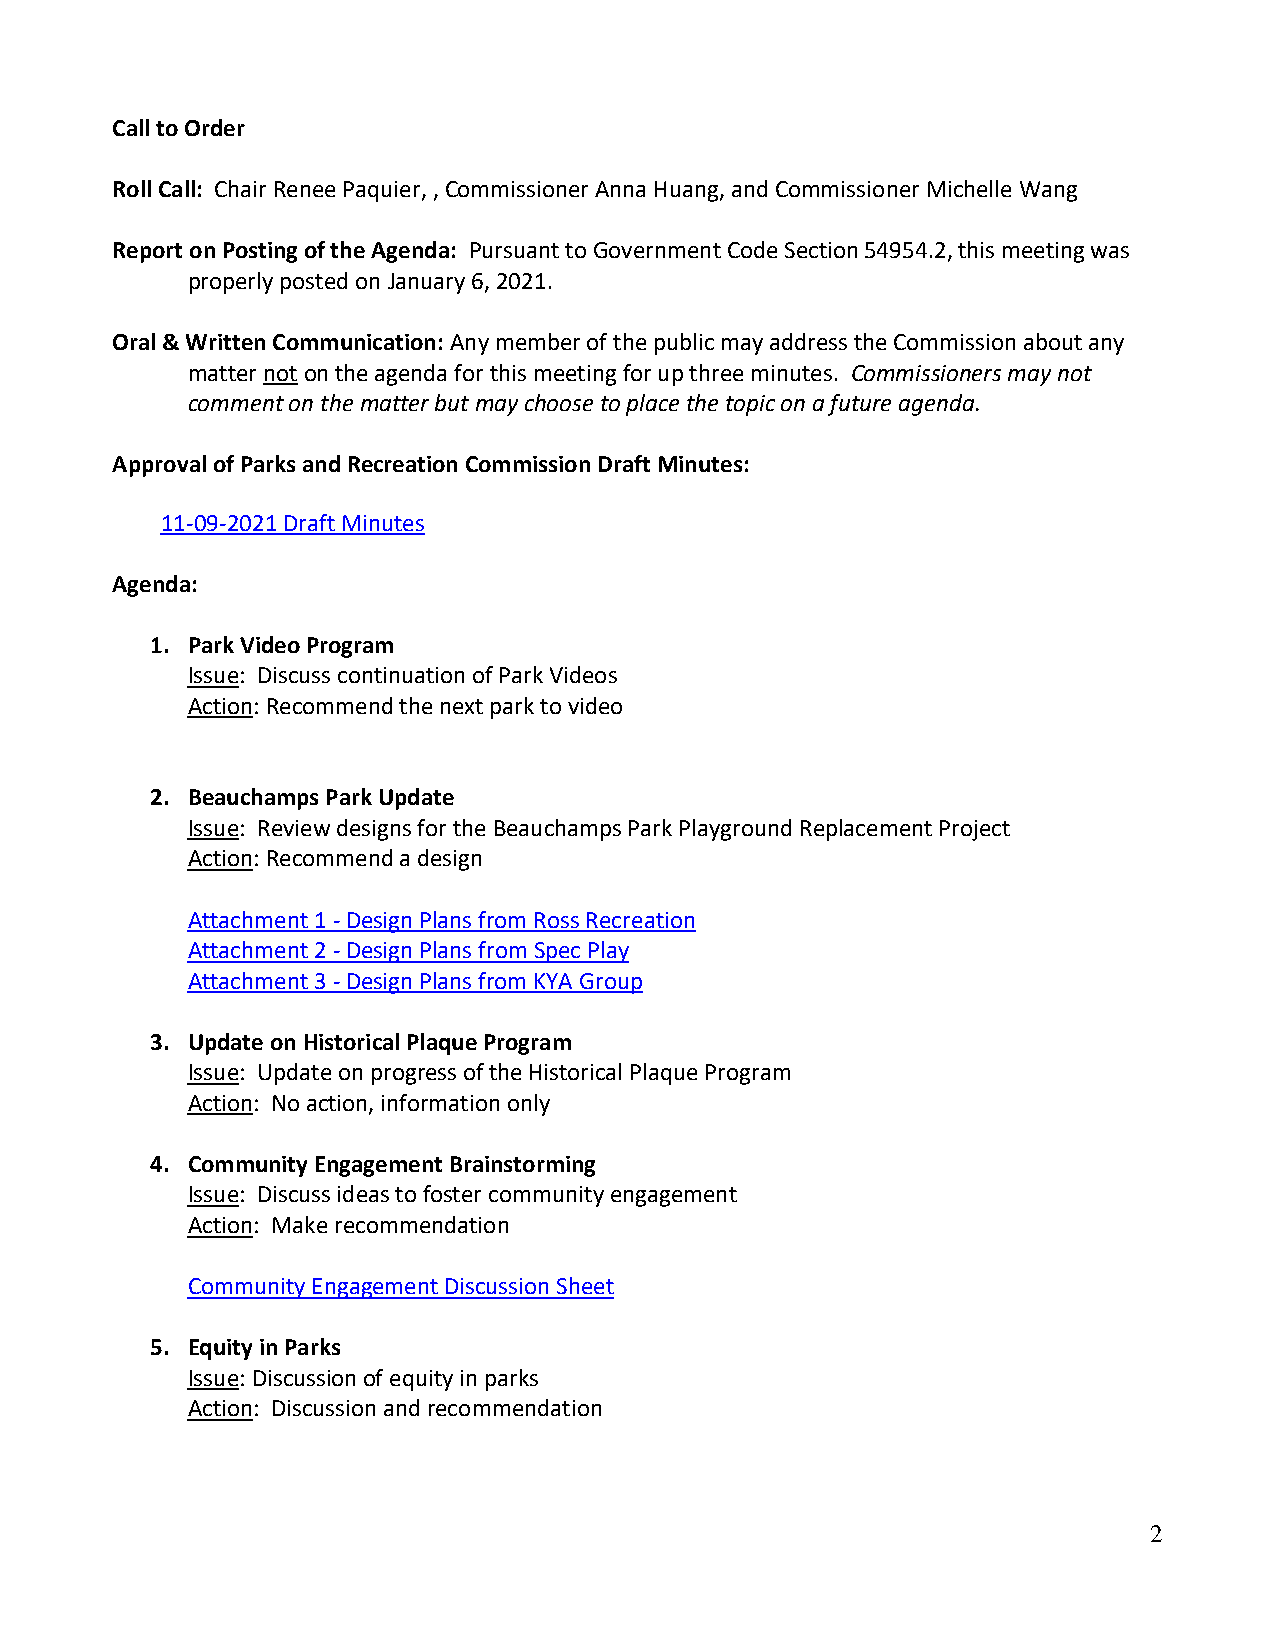
Call to Order
 Roll Call: Chair Renee Paquier, , Commissioner Anna Huang, and Commissioner Michelle Wang
 Report on Posting of the Agenda: Pursuant to Government Code Section 54954.2, this meeting was
 properly posted on January 6, 2021.
 Oral & Written Communication: Any member of the public may address the Commission about any
 matter not on the agenda for this meeting for up three minutes. Commissioners may not
 comment on the matter but may choose to place the topic on a future agenda.
 Approval of Parks and Recreation Commission Draft Minutes:
 11-09-2021 Draft Minutes
 Agenda:
 1. Park Video Program
 Issue: Discuss continuation of Park Videos
 Action: Recommend the next park to video
 2. Beauchamps Park Update
 Issue: Review designs for the Beauchamps Park Playground Replacement Project
 Action: Recommend a design
 Attachment 1 - Design Plans from Ross Recreation
 Attachment 2 - Design Plans from Spec Play
 Attachment 3 - Design Plans from KYA Group
 3. Update on Historical Plaque Program
 Issue: Update on progress of the Historical Plaque Program
 Action: No action, information only
 4. Community Engagement Brainstorming
 Issue: Discuss ideas to foster community engagement
 Action: Make recommendation
 Community Engagement Discussion Sheet
 5. Equity in Parks
 Issue: Discussion of equity in parks
 Action: Discussion and recommendation
 2